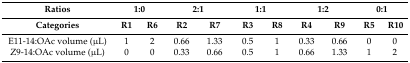
| Ratios | <COLSPAN=2> 1:0 | <COLSPAN=2> 2:1 | <COLSPAN=2> 1:1 | <COLSPAN=2> 1:2 | <COLSPAN=2> 0:1 |
 | Categories | R1 | R6 | R2 | R7 | R3 | R8 | R4 | R9 | R5 | R10 |
 | --- | --- | --- | --- | --- | --- | --- | --- | --- | --- | --- |
 | E11-14:OAc volume (μL) | 1 | 2 | 0.66 | 1.33 | 0.5 | 1 | 0.33 | 0.66 | 0 | 0 |
 | Z9-14:OAc volume (μL) | 0 | 0 | 0.33 | 0.66 | 0.5 | 1 | 0.66 | 1.33 | 1 | 2 |